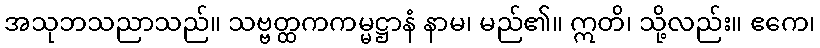
အသုဘသညာသည်။ သဗ္ဗတ္ထကကမ္မဋ္ဌာနံ နာမ၊ မည်၏။ ဣတိ၊ သို့လည်း။ ဧကေ၊